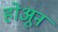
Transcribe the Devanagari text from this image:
होअून